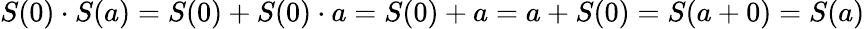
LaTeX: S(0)\cdot S(a)=S(0)+S(0)\cdot a=S(0)+a=a+S(0)=S(a+0)=S(a)